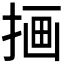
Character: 𫽇